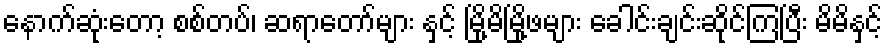
နောက်ဆုံးတော့ စစ်တပ်၊ ဆရာတော်များ နှင့် မြို့မိမြို့ဖများ ခေါင်းချင်းဆိုင်ကြပြီး မိမိနှင့်